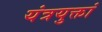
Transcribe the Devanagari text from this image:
यंत्रयुक्तां